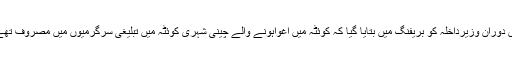
اس دوران وزیرداخلہ کو بریفنگ میں بتایا گیا کہ کوئٹہ میں اغواہونے والے چینی شہری کوئٹہ میں تبلیغی سرگرمیوں میں مصروف تھے۔